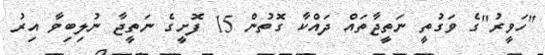
"ހަވީރު"ގެ ވަގުތީ ނަތީޖާތައް ދައްކާ ގޮތުން 15 ފޮށީގެ ނަތީޖާ ނުލިބިވާ އިރު